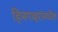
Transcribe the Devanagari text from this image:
हिमगव्हरांमधील